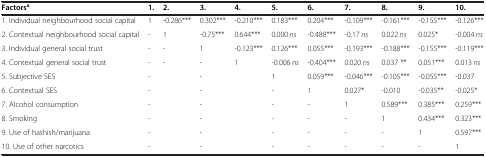
<table><thead><tr><td><b>Factors<sup>a</sup></b></td><td><b>1.</b></td><td><b>2.</b></td><td><b>3.</b></td><td><b>4.</b></td><td><b>5.</b></td><td><b>6.</b></td><td><b>7.</b></td><td><b>8.</b></td><td><b>9.</b></td><td><b>10.</b></td></tr></thead><tbody><tr><td>1. Individual neighbourhood social capital</td><td>1</td><td>-0.286***</td><td>0.302***</td><td>-0.210***</td><td>0.183***</td><td>0.204***</td><td>-0.109***</td><td>-0.161***</td><td>-0.155***</td><td>-0.126***</td></tr><tr><td>2. Contextual neighbourhood social capital</td><td>-</td><td>1</td><td>-0.75***</td><td>0.644***</td><td>0.000 <i>ns</i></td><td>-0.488***</td><td>-0.17 <i>ns</i></td><td>0.022 <i>ns</i></td><td>0.025*</td><td>-0.004 <i>ns</i></td></tr><tr><td>3. Individual general social trust</td><td>-</td><td>-</td><td>1</td><td>-0.123***</td><td>0.126***</td><td>0.055***</td><td>-0.193***</td><td>-0.188***</td><td>-0.155***</td><td>-0.119***</td></tr><tr><td>4. Contextual general social trust</td><td>-</td><td>-</td><td>-</td><td>1</td><td>-0.006 <i>ns</i></td><td>-0.404***</td><td>0.020 <i>ns</i></td><td>0.037 **</td><td>0.051***</td><td>0.013 <i>ns</i></td></tr><tr><td>5. Subjective SES</td><td>-</td><td> </td><td>-</td><td> </td><td>1</td><td>0.059***</td><td>-0.046***</td><td>-0.105***</td><td>-0.055***</td><td>-0.037</td></tr><tr><td>6. Contextual SES</td><td>-</td><td> </td><td>-</td><td> </td><td>-</td><td>1</td><td>0.027*</td><td>-0.010</td><td>-0.035**</td><td>-0.025*</td></tr><tr><td>7. Alcohol consumption</td><td>-</td><td> </td><td>-</td><td> </td><td>-</td><td>-</td><td>1</td><td>0.589***</td><td>0.385***</td><td>0.259***</td></tr><tr><td>8. Smoking</td><td>-</td><td> </td><td>-</td><td> </td><td>-</td><td>-</td><td>-</td><td>1</td><td>0.434***</td><td>0.323***</td></tr><tr><td>9. Use of hashish/marijuana</td><td>-</td><td> </td><td>-</td><td> </td><td>-</td><td>-</td><td>-</td><td>-</td><td>1</td><td>0.597***</td></tr><tr><td>10. Use of other narcotics</td><td>-</td><td> </td><td>-</td><td> </td><td>-</td><td>-</td><td>-</td><td>-</td><td>-</td><td>1</td></tr></tbody></table>